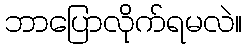
ဘာပြောလိုက်ရမလဲ။